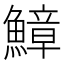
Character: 鱆